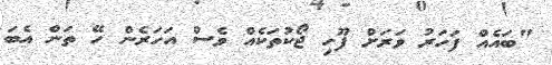
"ބައެއް ފަހަރު ވަރަށް ފޫހި ޖޯކުތަކެއް ވެސް އަހަރެން ހޭ ތަން އެބަ